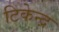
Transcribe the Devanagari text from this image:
टिकेन्द्र